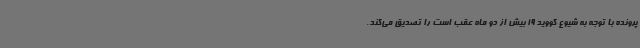
پرونده با توجه به شیوع کووید 19 بیش از دو ماه عقب است را تصدیق می‌کند.